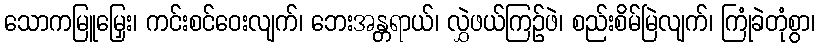
သောကမြူမြှေး၊ ကင်းစင်ဝေးလျက်၊ ဘေးအန္တရာယ်၊ လွှဲဖယ်ကြဉ်ဖဲ၊ စည်းစိမ်မြဲလျက်၊ ကြုံခဲတုံစွာ၊